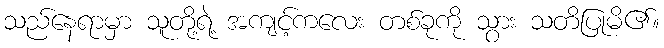
သည်နေရာမှာ သူတို့ရဲ့ အကျင့်ကလေး တစ်ခုကို သွား သတိပြုမိ၏။